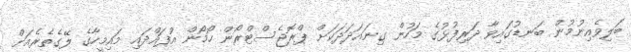
ބަލިވެއިނުމުން ބަނޑުގައިވާ ދަރިފުޅުގެ މަހުން ގިނައަދަދަކަށް ޕްރޮޖެސްޓްރޯން ހޯމޯން އުފައްދައި މައިމީހާގެ ލޭގެތެރެއަށް